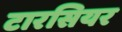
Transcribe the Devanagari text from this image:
टारसियर